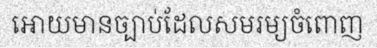
អោយមានច្បាប់ដែលសមរម្យចំពោញ